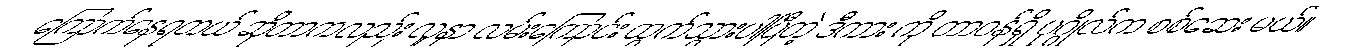
ကြောက်နေရတယ် ဆိုတာကလည်း လူနာ လမ်းကြောင်း ထွက်သွားပါပြီတဲ့ ဒီကား ကို တာဝန်ရှိ ပုဂ္ဂိုလ်က စစ်ဆေး မယ်။